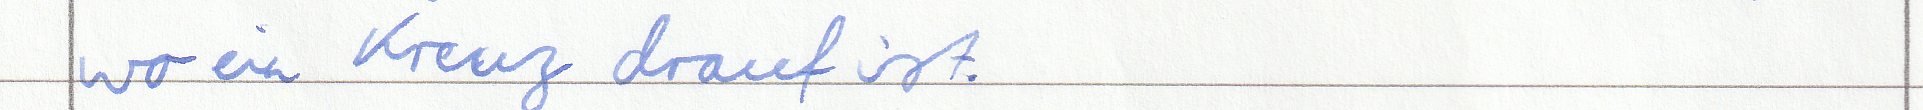
wo ein Kreuz drauf ist.